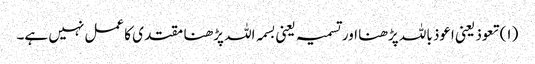
(۱) تعوذ یعنی اعوذ باللہ پڑھنا اور تسمیہ یعنی بسمہ اللہ پڑھنا مقتدی کا عمل نہیں ہے۔